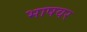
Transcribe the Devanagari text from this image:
भाषवर